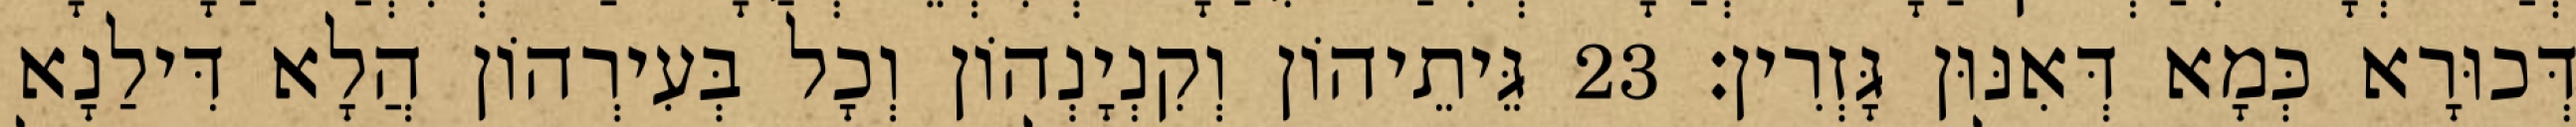
דְּכוּרָא כְּמָא דְּאִנּוּן גָּזְרִין׃ 23 גֵּיתֵיהוֹן וְקִנְיָנְהוֹן וְכָל בְּעִירְהוֹן הֲלָא דִּילַנָא